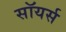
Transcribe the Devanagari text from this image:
सॉयर्स